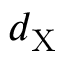
d _ { \mathrm { { X } } }